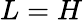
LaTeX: L=H